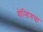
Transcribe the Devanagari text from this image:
वेल्डिंगचा